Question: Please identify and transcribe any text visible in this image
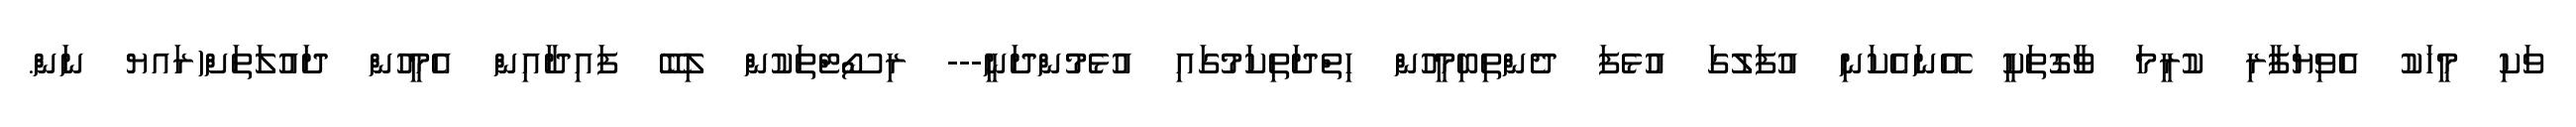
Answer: ވަކި މީހަކު އެވިޔަފާރި ކުރީމަ ވާގޮތަކީ އޭނައެކަނި އުފަލުގަ އުޅެފަ ދެންތިބިމީހުން ހިތްދަތިކަމުގައި އުޅެމުންދަނީ--- ރިސޯޓްތަކުން ލިބޭ ފައިދާއިން އެމީހުން ދައުލަތަށް(ރައޔ ނަން.